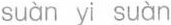
suàn yi suàn